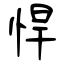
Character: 悍